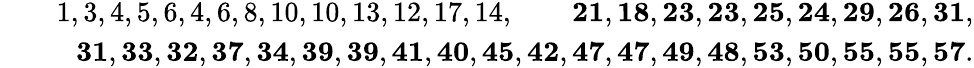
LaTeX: \begin{array}{rlr}&{}&{1,3,4,5,6,4,6,8,10,10,13,12,17,14,\quad\quad\mathbf{21},\mathbf{18},\mathbf{23},\mathbf{23},\mathbf{25},\mathbf{24},\mathbf{29},\mathbf{26},\mathbf{31},}\\ &{}&{\mathbf{31},\mathbf{33},\mathbf{32},\mathbf{37},\mathbf{34},\mathbf{39},\mathbf{39},\mathbf{41},\mathbf{40},\mathbf{45},\mathbf{42},\mathbf{47},\mathbf{47},\mathbf{49},\mathbf{48},\mathbf{53},\mathbf{50},\mathbf{55},\mathbf{55},\mathbf{57}.}\end{array}